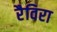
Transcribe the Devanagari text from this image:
रैविरा